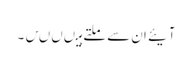
آیئے ان سے ملتے ہیںںںں۔